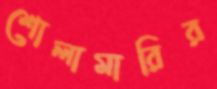
শোলামারির